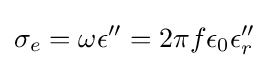
\sigma _{e}=\omega \epsilon ''=2\pi f\epsilon _{0}\epsilon _{r}''